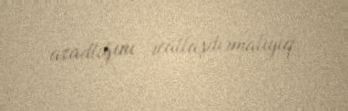
azadlığını reallaşdırmalıyıq.